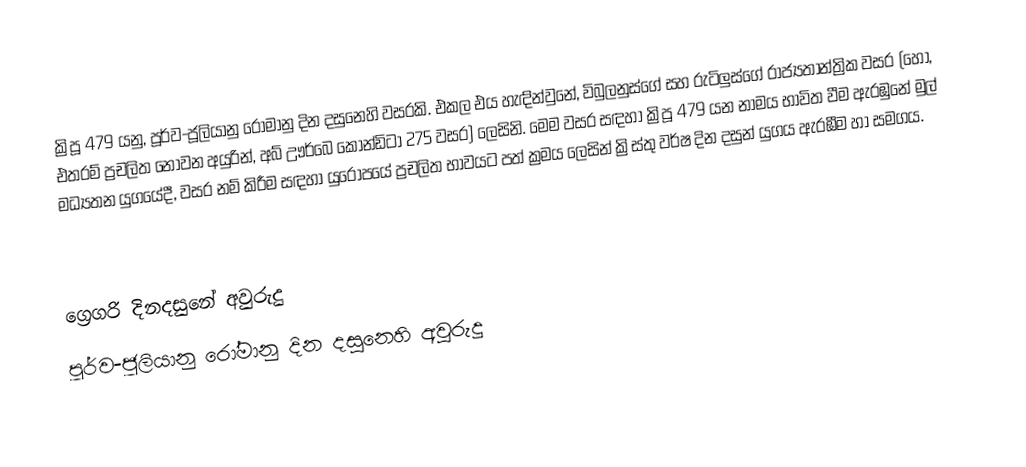

ක්‍රිපූ 479 යනු, පූර්ව-ජූලියානු රෝමානු දින දසුනෙහි වසරකි. එකල එය හැඳින්වුනේ, විබුලනුස්ගේ සහ රුටිලුස්ගේ රාජ්‍යතාන්ත්‍රික වසර (හෝ, එතරම් ප්‍රචලිත නොවන අයුරින්, අබ් ඌර්බෙ කෝන්ඩිටා 275 වසර) ලෙසිනි. මෙම වසර සඳහා ක්‍රිපූ 479 යන නාමය භාවිත වීම ඇරඹුනේ මුල්  මධ්‍යතන යුගයේදී, වසර නම් කිරීම සඳහා යුරෝපයේ ප්‍රචලිත භාවයට පත් ක්‍රමය ලෙසින් ක්‍රිස්තු වර්ෂ දින දසුන් යුගය ඇරඹීම හා සමගය.

ග්‍රෙගරි දිනදසුනේ අවුරුදු
පූර්ව-ජූලියානු රෝමානු දින දසුනෙහි අවුරුදු